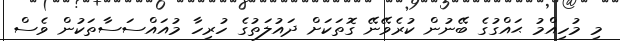
މި މުހިއްމު ޙައްގުގެ ބޭނުން ކުރެވޭނޭ ގޮތަކަށް ދައުލަތުގެ ހުރިހާ މުއައްސަސާތަކުން ވެސް